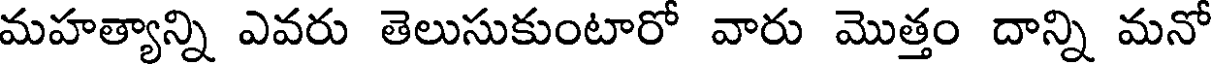
మహత్యాన్ని ఎవరు తెలుసుకుంటారో వారు మొత్తం దాన్ని మనో